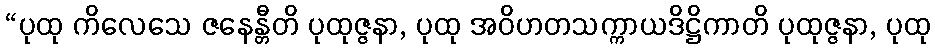
“ပုထု ကိလေသေ ဇနေန္တီတိ ပုထုဇ္ဇနာ, ပုထု အဝိဟတသက္ကာယဒိဋ္ဌိကာတိ ပုထုဇ္ဇနာ, ပုထု